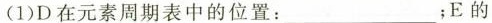
(1)D在元素周期表中的位置：______________；E的